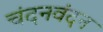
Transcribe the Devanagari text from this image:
चंदनवंदन